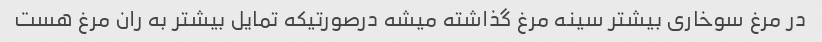
در مرغ سوخاری بیشتر سینه مرغ گذاشته میشه درصورتیکه تمایل بیشتر به ران مرغ هست